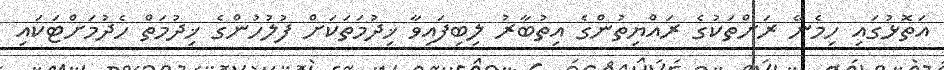
އަތޮޅުގައި ހިމެނޭ ރަށްތަކުގެ ރައްޔިތުންގެ އިތުބާރު ލިބިފައިވާ ޚިދުމަތަކަށް ފުލުހުންގެ ޚިދުމަތް ހެދުމަށްޓަކައި